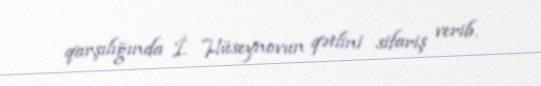
qarşılığında İ. Hüseynovun qətlini sifariş verib.